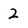
Character: 2